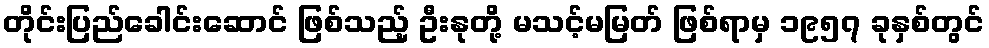
တိုင်းပြည်ခေါင်းဆောင် ဖြစ်သည့် ဦးနုတို့ မသင့်မမြတ် ဖြစ်ရာမှ ၁၉၅၇ ခုနှစ်တွင်